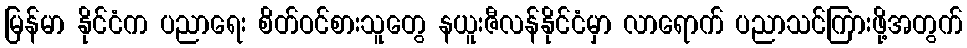
မြန်မာ နိုင်ငံက ပညာရေး စိတ်ဝင်စားသူတွေ နယူးဇီလန်နိုင်ငံမှာ လာရောက် ပညာသင်ကြားဖို့အတွက်